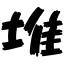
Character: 堆